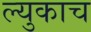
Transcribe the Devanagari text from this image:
ल्युकाच